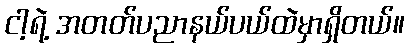
ငါ့ရဲ့ အတတ်ပညာနယ်ပယ်ထဲမှာရှိတယ်။